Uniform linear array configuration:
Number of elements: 48
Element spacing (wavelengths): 0.25
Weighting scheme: kaiser
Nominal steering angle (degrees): -30
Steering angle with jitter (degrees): -29.6
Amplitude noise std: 0.05
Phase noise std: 0.05

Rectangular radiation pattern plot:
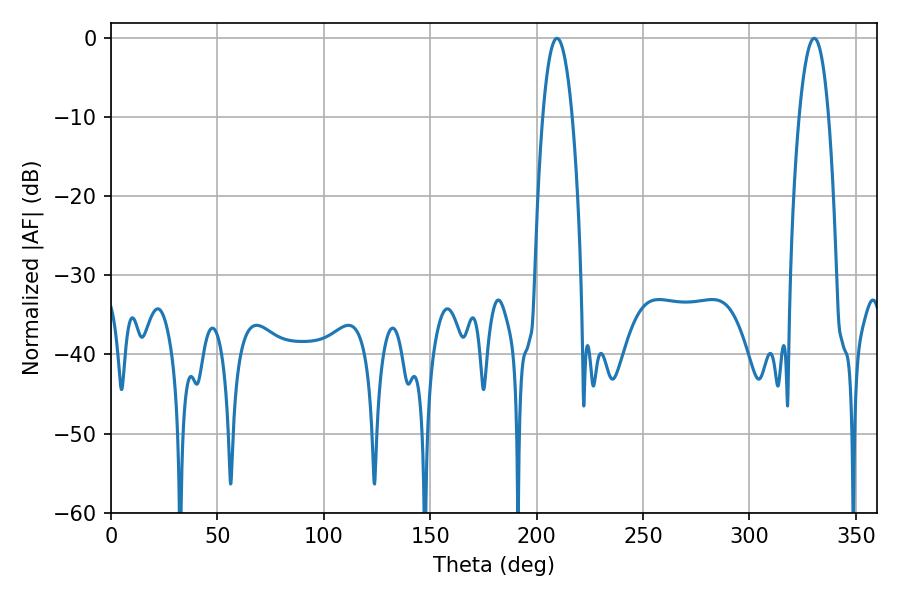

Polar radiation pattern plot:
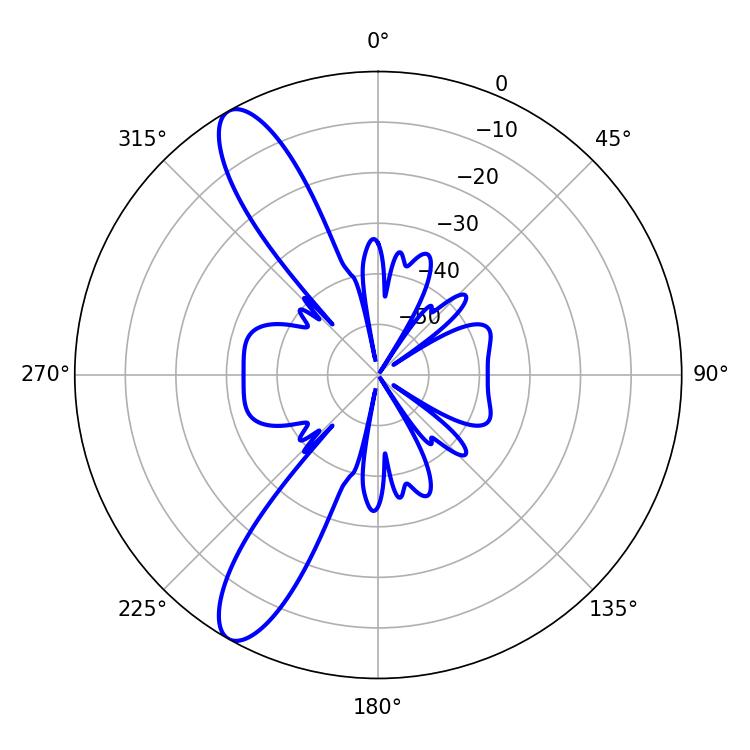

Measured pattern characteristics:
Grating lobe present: FALSE
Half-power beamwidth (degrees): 7.74
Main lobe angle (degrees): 209.52